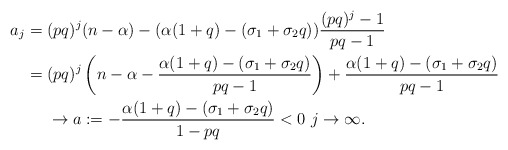
\begin{align*}a_j = {} & (pq)^{j}(n-\alpha) - (\alpha(1+q) - (\sigma_1 + \sigma_2 q))\frac{(pq)^j - 1}{pq-1} \\= {} & (pq)^{j}\left(n-\alpha -\frac{\alpha(1+q) - (\sigma_1 + \sigma_2 q)}{pq-1}\right) + \frac{\alpha(1+q) - (\sigma_1 + \sigma_2 q)}{pq-1} \\{} & \rightarrow a := -\frac{\alpha(1+q) - (\sigma_1 + \sigma_2 q)}{1-pq} < 0 \,\, j\rightarrow \infty.\end{align*}